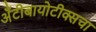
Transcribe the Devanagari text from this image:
अँटीबायोटीक्सचा